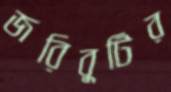
জরিবুটির